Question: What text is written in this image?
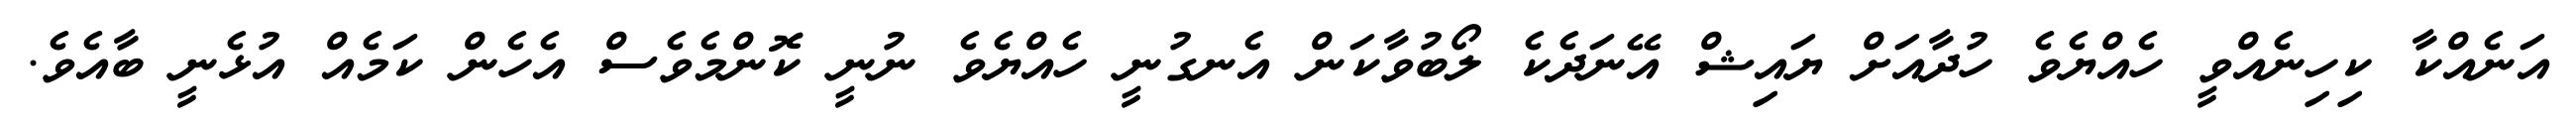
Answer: އަނެއްކާ ކިހިނެއްވީ ހެއްޔެވެ ހުދާއަށް ޔައިޝް އޭނަދެކެ ލޯބުވާކަން އެނގުނީ ހެއްޔެވެ ނުނީ ކޮންމެވެސް އެހެން ކަމެއް އުޅެނީ ބާއެވެ.